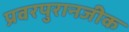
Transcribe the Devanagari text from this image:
प्रवरपुरानजीक